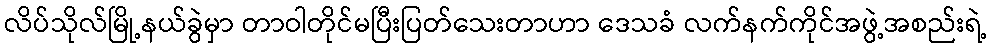
လိပ်သိုလ်မြို့နယ်ခွဲမှာ တာဝါတိုင်မပြီးပြတ်သေးတာဟာ ဒေသခံ လက်နက်ကိုင်အဖွဲ့အစည်းရဲ့